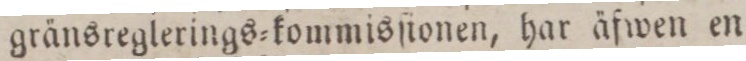
gränsreglerings=kommisſtonen, har äfwen en